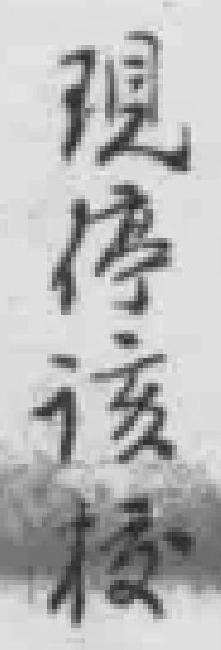
現停该校